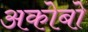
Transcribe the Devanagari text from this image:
अकोबो